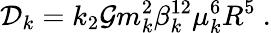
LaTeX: \mathcal{D}_{k}=k_{2}\mathcal{G}m_{k}^{2}\beta_{k}^{12}\mu_{k}^{6}R^{5}\ .